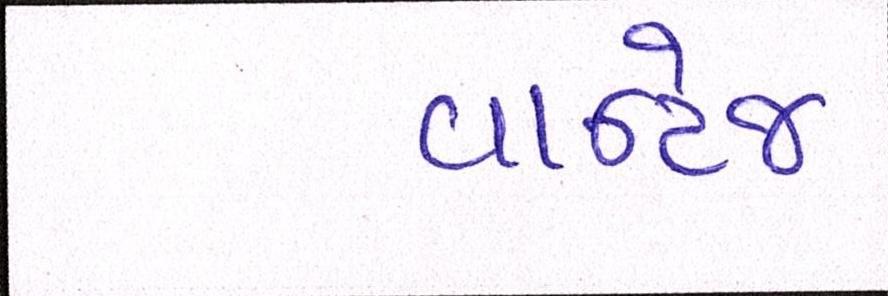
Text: વાન્ટેજ